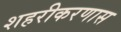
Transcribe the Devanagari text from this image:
शहरीकरणास